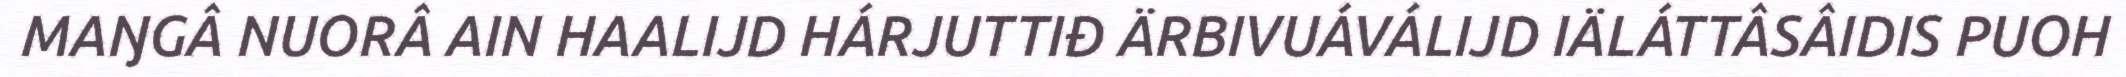
MAŊGÂ NUORÂ AIN HAALIJD HÁRJUTTIĐ ÄRBIVUÁVÁLIJD IÄLÁTTÂSÂIDIS PUOH